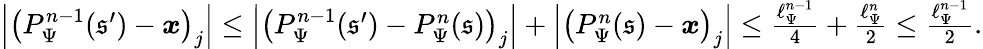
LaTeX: \begin{array}{r}{\left|\left(P_{\Psi}^{n-1}(\mathfrak{s}^{\prime})-\boldsymbol{x}\right)_{j}\right|\leq\left|\left(P_{\Psi}^{n-1}(\mathfrak{s}^{\prime})-P_{\Psi}^{n}(\mathfrak{s})\right)_{j}\right|+\left|\left(P_{\Psi}^{n}(\mathfrak{s})-\boldsymbol{x}\right)_{j}\right|\leq\frac{\ell_{\Psi}^{n-1}}{4}+\frac{\ell_{\Psi}^{n}}{2}\leq\frac{\ell_{\Psi}^{n-1}}{2}.}\end{array}